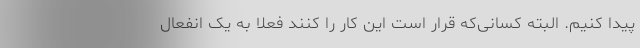
پیدا کنیم. البته کسانی‌که قرار است این کار را کنند فعلاً به یک انفعال